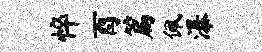
悴酉篇佩瀑